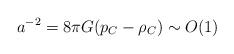
LaTeX: \begin{align*}a^{-2} = 8\pi G(p_{C}-\rho_{C}) \sim O(1)\end{align*}